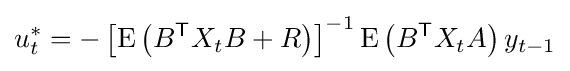
u_{t}^{*}=-\left[\mathrm {E} \left(B^{\mathsf {T}}X_{t}B+R\right)\right]^{-1}\mathrm {E} \left(B^{\mathsf {T}}X_{t}A\right)y_{t-1}